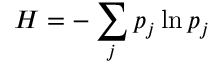
H = - \sum _ { j } p _ { j } \ln p _ { j }